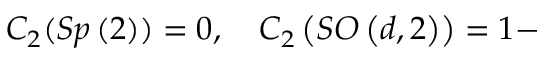
C _ { 2 } ( S p \left( 2 \right) ) = 0 , \quad C _ { 2 } \left( S O \left( d , 2 \right) \right) = 1 -